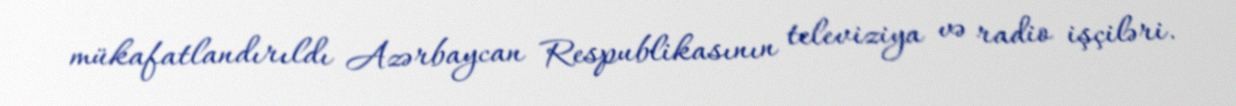
mükafatlandırıldı Azərbaycan Respublikasının televiziya və radio işçiləri.